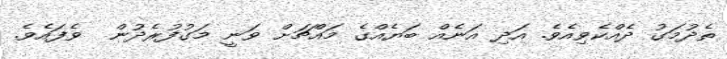
ތެދުމަގު ދެއްކެވިއެވެ. އަދި އަނެއް ބަޔެއްގެ މައްޗަށް ވަނީ މަގުފުރެދުން  ވެފައެވެ.